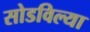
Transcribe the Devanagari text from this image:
सोडविल्या